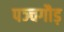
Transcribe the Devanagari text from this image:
पञ्चगौड़